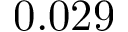
0 . 0 2 9